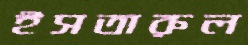
ইসতারুল